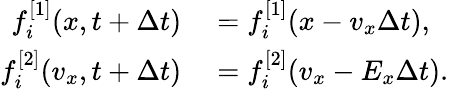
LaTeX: \begin{array}{rl}{f_{i}^{[1]}(x,t+\Delta t)}&{{}=f_{i}^{[1]}(x-v_{x}\Delta t),}\\ {f_{i}^{[2]}(v_{x},t+\Delta t)}&{{}=f_{i}^{[2]}(v_{x}-E_{x}\Delta t).}\end{array}